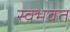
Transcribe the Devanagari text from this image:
स्वभवत